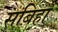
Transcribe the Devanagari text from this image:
सबिहा